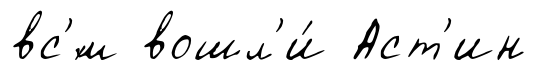
вс'́м вошл'и́ Аст'ин